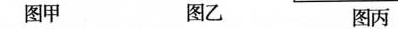
图甲图乙图丙